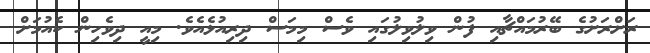
ރަށްރަށުގެ ބޭރުމައްޗާއި ފުން ވިލުވިލުގައި ވެސް މިމަސް ދިރިއުޅެއެވެ. މިއީ ދިވެހިން ކެއުމަށް